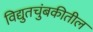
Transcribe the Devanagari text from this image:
विद्युतचुंबकीतील